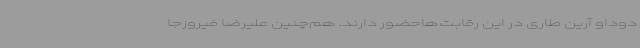
دوداو آرین طاری در این رقابت‌هاحضور دارند. هم‌چنین علیرضا فیروزجا